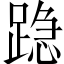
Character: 𰸣